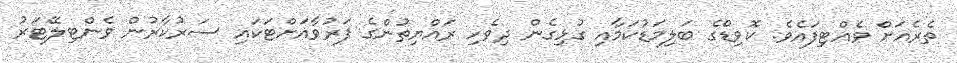
ތެރެއަށް ވެއްޓިފައެވެ. ކޮވިޑްގެ ބަލިމަޑުކަމާއި ގުޅިގެން ދިވެހި ރައްޔިތުންގެ ފަރުވާއަށްޓަކައި ސަރުކާރުން ވެންޓިލޭޓަރު